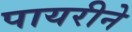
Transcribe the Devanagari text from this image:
पायरीने